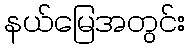
နယ်မြေအတွင်း